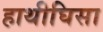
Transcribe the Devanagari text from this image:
हाथीघिसा